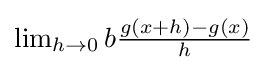
{\textstyle \lim _{h\to 0}b{\frac {g(x+h)-g(x)}{h}}}